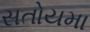
સતોયમા